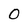
Character: 0